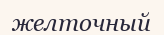
желточный